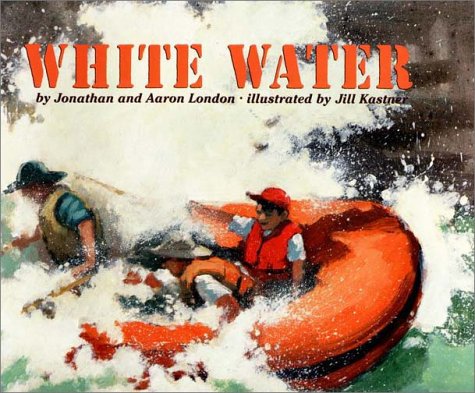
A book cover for White Water; Jonathan London; Sports & Outdoors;